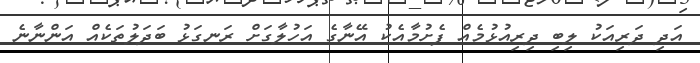
އަދި ދަރިއަކު ލިބި ދިރިއުޅުމެއް ފެށުމާއެކު އޭނާގެ އަހުލާގަށް ރަނގަޅު ބަދަލުތަކެއް އަންނާނެ